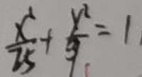
\frac { x ^ { 2 } } { 2 5 } + \frac { y ^ { 2 } } { 9 } = 1